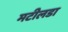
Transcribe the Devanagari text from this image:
मटीलडा